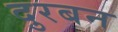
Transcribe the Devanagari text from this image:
दुरबन